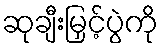
ဆုချီးမြှင့်ပွဲကို